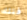
فتلك